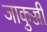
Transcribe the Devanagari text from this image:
जाकुज्जी